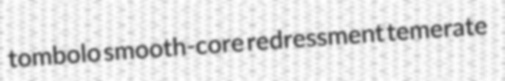
tombolo smooth-core redressment temerate